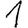
Digit: 1